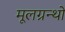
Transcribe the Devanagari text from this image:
मूलग्रन्थो